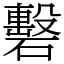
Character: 礊